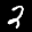
Label: 2